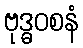
ဗုဒ္ဓဝစနံ